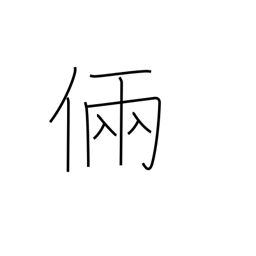
Meaning: skill